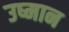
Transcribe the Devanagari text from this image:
उष्मान